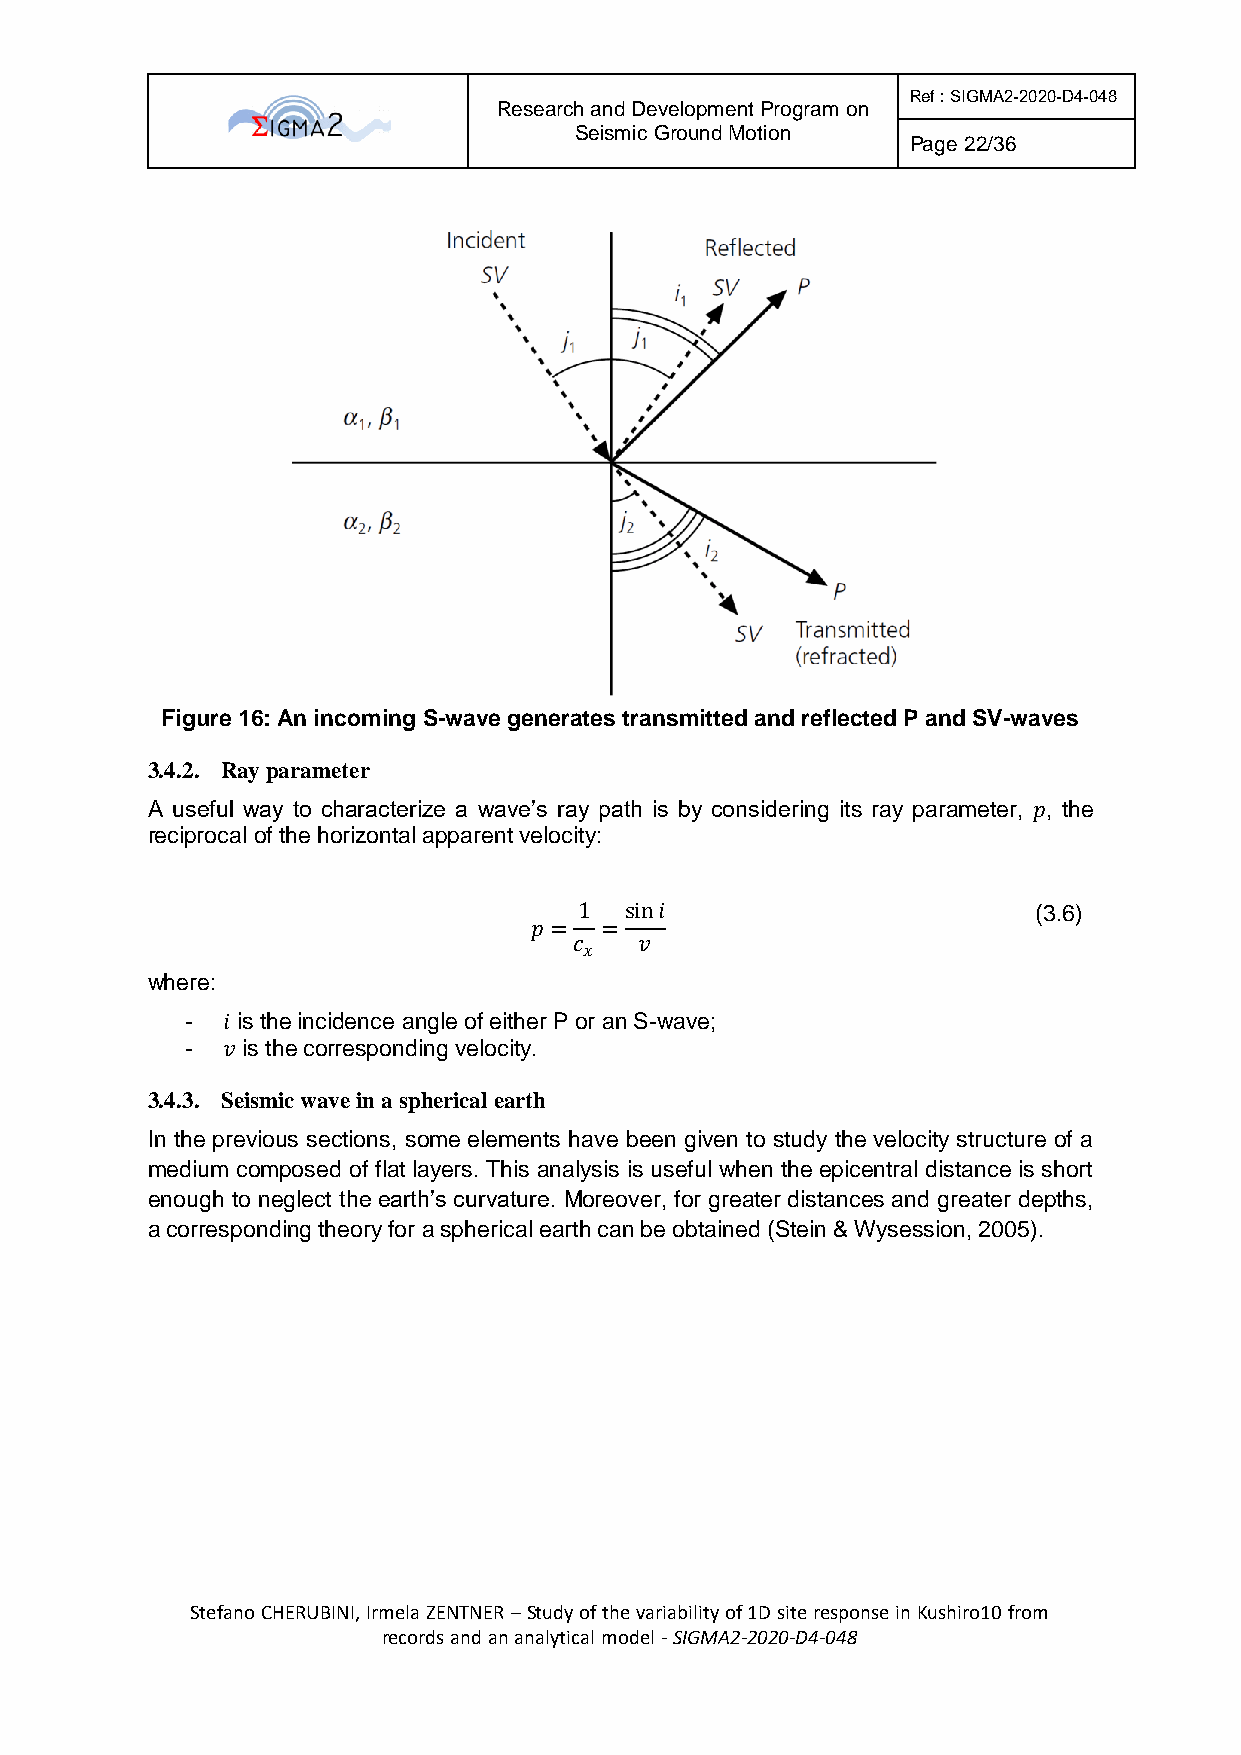
Ref : SIGMA2-2020-D4-048
 Research and Development Program on
 Seismic Ground Motion
 Page 22/36
 Figure 16: An incoming S-wave generates transmitted and reflected P and SV-waves
 3.4.2. Ray parameter
 A useful way to characterize a wave’s ray path is by considering its ray parameter, 𝑝, the
 reciprocal of the horizontal apparent velocity:
 1  sin𝑖                        (3.6)
 𝑝 =  =
 𝑐   𝑣
 𝑥
 where:
 -  𝑖 is the incidence angle of either P or an S-wave;
 -  𝑣 is the corresponding velocity.
 3.4.3. Seismic wave in a spherical earth
 In the previous sections, some elements have been given to study the velocity structure of a
 medium composed of flat layers. This analysis is useful when the epicentral distance is short
 enough to neglect the earth’s curvature. Moreover, for greater distances and greater depths,
 a corresponding theory for a spherical earth can be obtained (Stein & Wysession, 2005).
 Stefano CHERUBINI, Irmela ZENTNER – Study of the variability of 1D site response in Kushiro10 from
 records and an analytical model - SIGMA2-2020-D4-048